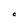
Character: C